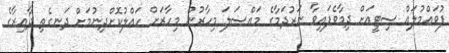
ފުވައްމުލައް ސިޓީއަށް ދިމާވެފައިވާ ނަރުދަމާގެ މައްސަލަ މިހާރުން މިހާރަށް ހައްލުކޮށްދިނުމަށް ދަނގެތި ދާއިރާގެ